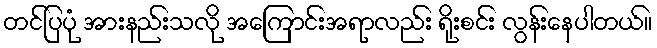
တင်ပြပုံ အားနည်းသလို အကြောင်းအရာလည်း ရိုးစင်း လွန်းနေပါတယ်။